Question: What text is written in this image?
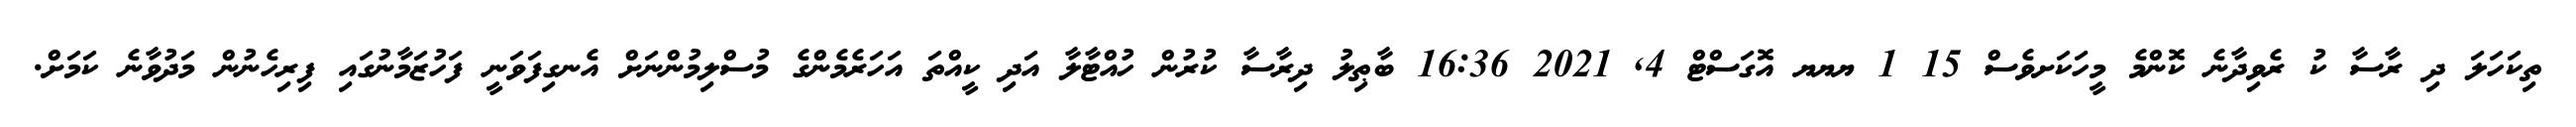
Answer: ތިކަހަލަ ދި ރާސާ ކު ރެވިދާނެ ކޮންމެ މީހަކަށވެސް 15 1 ޔޔޔ އޮގަސްޓް 4, 2021 16:36 ބާޠިލު ދިރާސާ ކުރުން ހުއްޓާލާ އަދި ކީއްތަ އަހަރެމެންގެ މުސްލިމުންނަށް އެނގިފަވަނީ ފަހުޒަމާނުގައި ފިރިހެނުން މަދުވާނެ ކަމަށް.